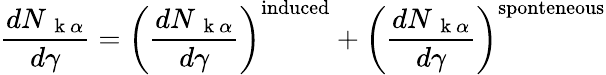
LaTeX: \frac{dN_{\mathrm{~\mathbf~k~}\alpha}}{d\gamma}=\left(\frac{dN_{\mathrm{~\mathbf~k~}\alpha}}{d\gamma}\right)^{\mathrm{induced}}+\left(\frac{dN_{\mathrm{~\mathbf~k~}\alpha}}{d\gamma}\right)^{\mathrm{sponteneous}}